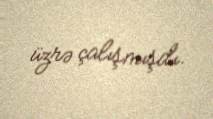
üzrə çalışmışdı.